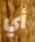
أي